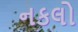
નકલો